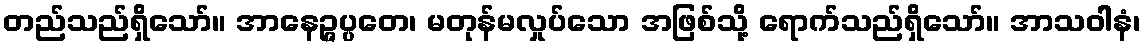
တည်သည်ရှိသော်။ အာနေဉ္ဇပ္ပတေ၊ မတုန်မလှုပ်သော အဖြစ်သို့ ရောက်သည်ရှိသော်။ အာသဝါနံ၊